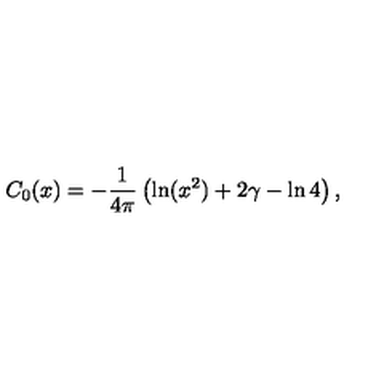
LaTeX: C _ { 0 } ( x ) = - \frac { 1 } { 4 \pi } \left( \ln ( x ^ { 2 } ) + 2 \gamma - \ln 4 \right) ,